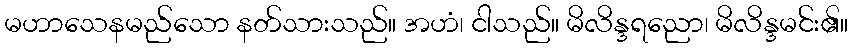
မဟာသေနမည်သော နတ်သားသည်။ အဟံ၊ ငါသည်။ မိလိန္ဒရညော၊ မိလိန္ဒမင်း၏။